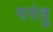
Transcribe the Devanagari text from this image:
परंतु